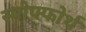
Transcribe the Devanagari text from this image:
स्पोफ्फोर्थ